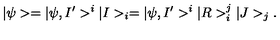
| \psi > = | \psi , I ^ { \prime } > ^ { i } | I > _ { i } = | \psi , I ^ { \prime } > ^ { i } | R > _ { i } ^ { j } | J > _ { j } .